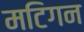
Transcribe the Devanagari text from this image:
मटिगन